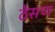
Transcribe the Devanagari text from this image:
ठेसण